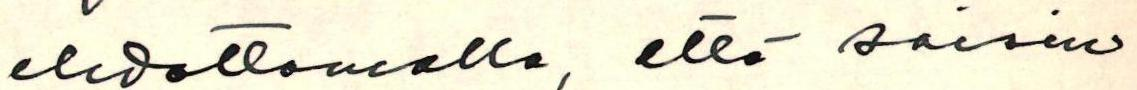
ehdottamalla, että saisin